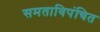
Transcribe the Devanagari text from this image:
समताविपंचित